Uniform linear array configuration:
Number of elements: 24
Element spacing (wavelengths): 0.25
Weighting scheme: exponential
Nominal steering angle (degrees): -45
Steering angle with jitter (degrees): -45.516
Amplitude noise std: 0.05
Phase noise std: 0.05

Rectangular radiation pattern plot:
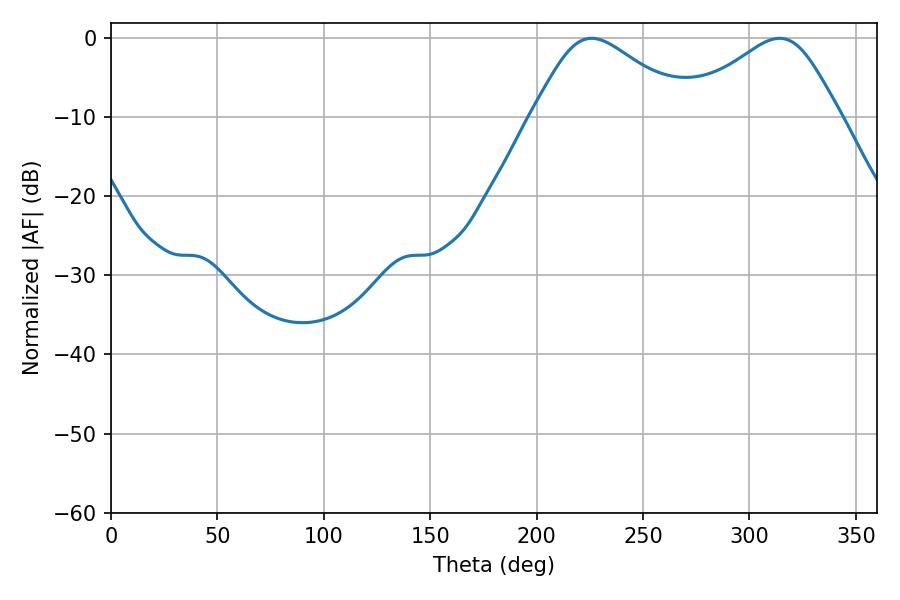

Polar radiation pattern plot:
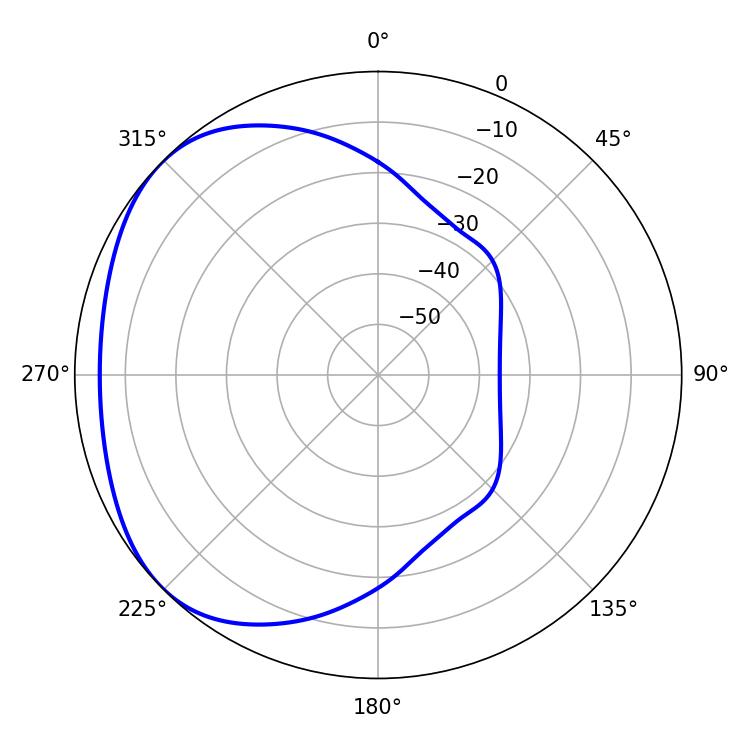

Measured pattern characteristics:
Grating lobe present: FALSE
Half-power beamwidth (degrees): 36.72
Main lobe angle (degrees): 225.9